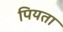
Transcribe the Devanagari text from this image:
पियता